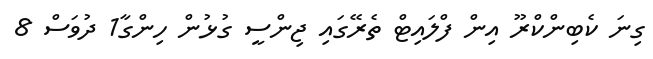
ގިނަ ކެބިންކްރޫ އިން ފްލައިޓް ތެރޭގައި ޖިންސީ ގުޅުން ހިންގާ1 ދުވަސް 8